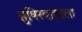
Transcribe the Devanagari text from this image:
सुषिरवाद्याला